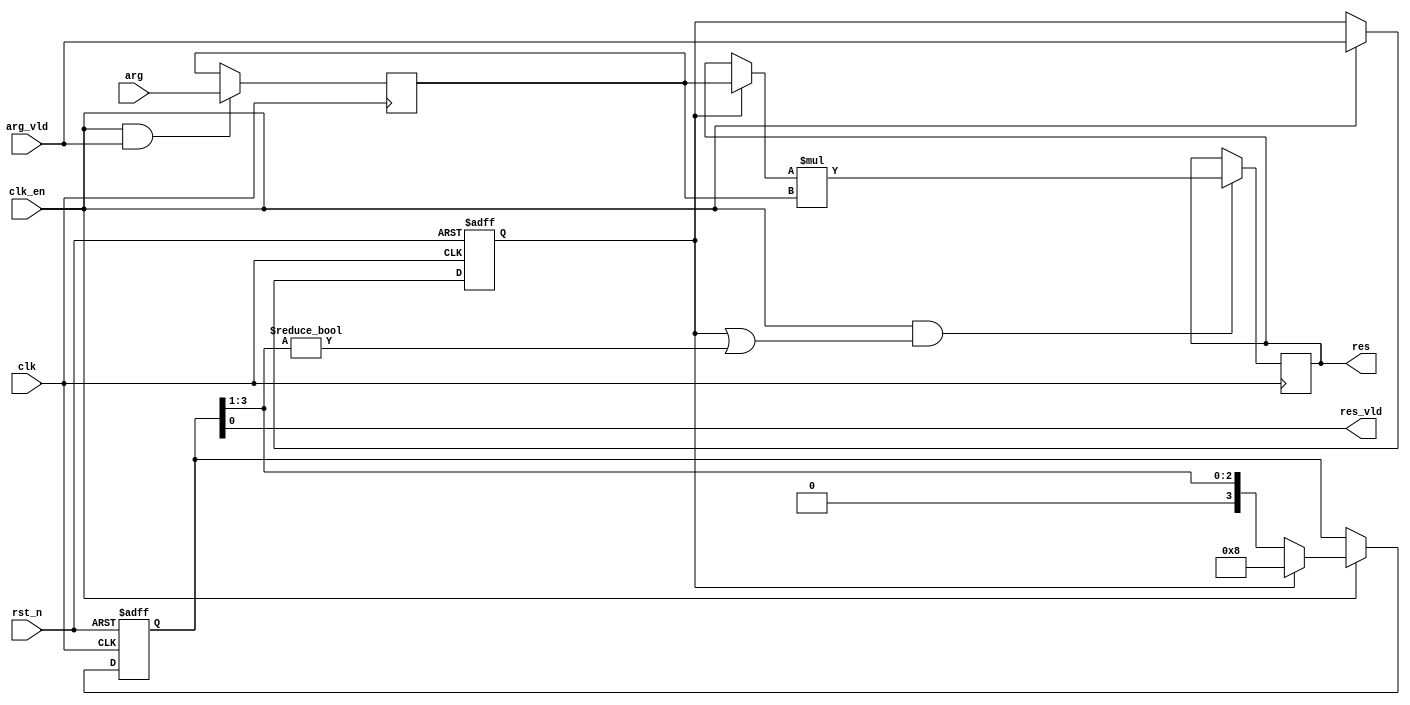
module pow_5_en_multi_cycle_always
# (
    parameter w = 8
)
(
    input            clk,
    input            rst_n,
    input            clk_en,
    input            arg_vld,
    input  [w - 1:0] arg,
    output           res_vld,
    output [w - 1:0] res
);

    reg           arg_vld_q;
    reg [w - 1:0] arg_q;

    always @ (posedge clk or negedge rst_n)
        if (! rst_n)
            arg_vld_q <= 1'b0;
        else if (clk_en)
            arg_vld_q <= arg_vld;
    
    always @ (posedge clk)
        if (clk_en & arg_vld)
            arg_q <= arg;

    reg [3:0] shift;

    always @ (posedge clk or negedge rst_n)
        if (! rst_n)
        begin
            shift <= 4'b0;
        end
        else if (clk_en)
        begin
            if (arg_vld_q)
                shift <= 4'b1000;
            else
                shift <= shift >> 1;
        end

    assign res_vld = shift [0];

    reg  [w - 1:0] mul_q;
    wire [w - 1:0] mul_d = (arg_vld_q ? arg_q : mul_q) * arg_q;

    // TODO: reduce switching

    always @(posedge clk)
        if (clk_en && (arg_vld_q || shift [3:1] != 3'b0))
            mul_q <= mul_d;

    assign res = mul_q;

endmodule